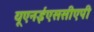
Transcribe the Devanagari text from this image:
यूएनईएससीएपी